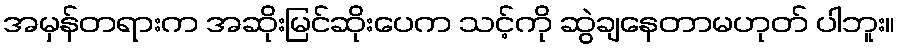
အမှန်တရားက အဆိုးမြင်ဆိုးပေက သင့်ကို ဆွဲချနေတာမဟုတ် ပါဘူး။